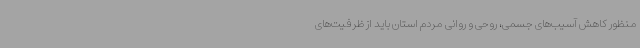
‌منظور کاهش آسیب‌های جسمی، روحی و روانی مردم استان باید از ظرفیت‌های